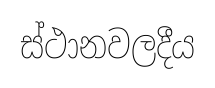
ස්ථානවලදීය